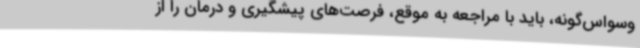
وسواس‌گونه، باید با مراجعه به موقع، فرصت‌های پیشگیری و درمان را از